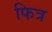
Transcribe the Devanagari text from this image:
फित्र